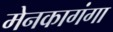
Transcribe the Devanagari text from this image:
मेनकागंगा